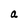
Character: a